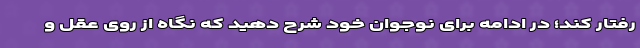
رفتار کند؛ در ادامه برای نوجوان خود شرح دهید که نگاه از روی عقل و